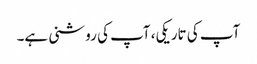
آپ کی تاریکی، آپ کی روشنی ہے۔